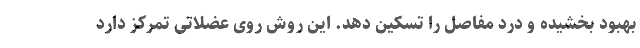
بهبود بخشیده و درد مفاصل را تسکین دهد. این روش روی عضلاتی تمرکز دارد